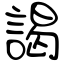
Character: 謁